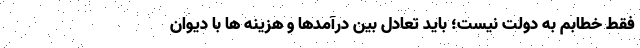
فقط خطابم به دولت نیست؛ باید تعادل بین درآمدها و هزینه ها با دیوان